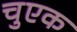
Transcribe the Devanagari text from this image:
चुएक